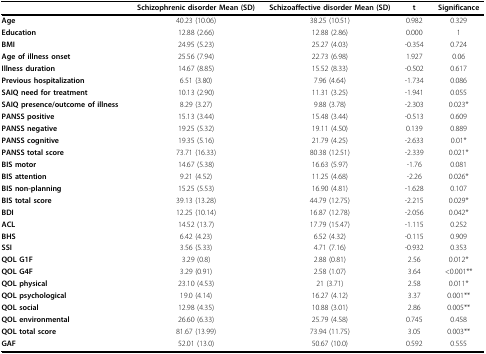
<table><thead><tr><td></td><td><b>Schizophrenic disorder Mean (SD)</b></td><td><b>Schizoaffective disorder Mean (SD)</b></td><td><b>t</b></td><td><b>Significance</b></td></tr></thead><tbody><tr><td><b>Age</b></td><td>40.23 (10.06)</td><td>38.25 (10.51)</td><td>0.982</td><td>0.329</td></tr><tr><td><b>Education</b></td><td>12.88 (2.66)</td><td>12.88 (2.86)</td><td>0.000</td><td>1</td></tr><tr><td><b>BMI</b></td><td>24.95 (5.23)</td><td>25.27 (4.03)</td><td>-0.354</td><td>0.724</td></tr><tr><td><b>Age of illness onset</b></td><td>25.56 (7.94)</td><td>22.73 (6.98)</td><td>1.927</td><td>0.06</td></tr><tr><td><b>Illness duration</b></td><td>14.67 (8.85)</td><td>15.52 (8.33)</td><td>-0.502</td><td>0.617</td></tr><tr><td><b>Previous hospitalization</b></td><td>6.51 (3.80)</td><td>7.96 (4.64)</td><td>-1.734</td><td>0.086</td></tr><tr><td><b>SAIQ need for treatment</b></td><td>10.13 (2.90)</td><td>11.31 (3.25)</td><td>-1.941</td><td>0.055</td></tr><tr><td><b>SAIQ presence/outcome of illness</b></td><td>8.29 (3.27)</td><td>9.88 (3.78)</td><td>-2.303</td><td>0.023*</td></tr><tr><td><b>PANSS positive</b></td><td>15.13 (3.44)</td><td>15.48 (3.44)</td><td>-0.513</td><td>0.609</td></tr><tr><td><b>PANSS negative</b></td><td>19.25 (5.32)</td><td>19.11 (4.50)</td><td>0.139</td><td>0.889</td></tr><tr><td><b>PANSS cognitive</b></td><td>19.35 (5.16)</td><td>21.79 (4.25)</td><td>-2.633</td><td>0.01*</td></tr><tr><td><b>PANSS total score</b></td><td>73.71 (16.33)</td><td>80.38 (12.51)</td><td>-2.339</td><td>0.021*</td></tr><tr><td><b>BIS motor</b></td><td>14.67 (5.38)</td><td>16.63 (5.97)</td><td>-1.76</td><td>0.081</td></tr><tr><td><b>BIS attention</b></td><td>9.21 (4.52)</td><td>11.25 (4.68)</td><td>-2.26</td><td>0.026*</td></tr><tr><td><b>BIS non-planning</b></td><td>15.25 (5.53)</td><td>16.90 (4.81)</td><td>-1.628</td><td>0.107</td></tr><tr><td><b>BIS total score</b></td><td>39.13 (13.28)</td><td>44.79 (12.75)</td><td>-2.215</td><td>0.029*</td></tr><tr><td><b>BDI</b></td><td>12.25 (10.14)</td><td>16.87 (12.78)</td><td>-2.056</td><td>0.042*</td></tr><tr><td><b>ACL</b></td><td>14.52 (13.7)</td><td>17.79 (15.47)</td><td>-1.115</td><td>0.252</td></tr><tr><td><b>BHS</b></td><td>6.42 (4.23)</td><td>6.52 (4.32)</td><td>-0.115</td><td>0.909</td></tr><tr><td><b>SSI</b></td><td>3.56 (5.33)</td><td>4.71 (7.16)</td><td>-0.932</td><td>0.353</td></tr><tr><td><b>QOL G1F</b></td><td>3.29 (0.8)</td><td>2.88 (0.81)</td><td>2.56</td><td>0.012*</td></tr><tr><td><b>QOL G4F</b></td><td>3.29 (0.91)</td><td>2.58 (1.07)</td><td>3.64</td><td>&lt;0.001**</td></tr><tr><td><b>QOL physical</b></td><td>23.10 (4.53)</td><td>21 (3.71)</td><td>2.58</td><td>0.011*</td></tr><tr><td><b>QOL psychological</b></td><td>19.0 (4.14)</td><td>16.27 (4.12)</td><td>3.37</td><td>0.001**</td></tr><tr><td><b>QOL social</b></td><td>12.98 (4.35)</td><td>10.88 (3.01)</td><td>2.86</td><td>0.005**</td></tr><tr><td><b>QOL environmental</b></td><td>26.60 (6.33)</td><td>25.79 (4.58)</td><td>0.745</td><td>0.458</td></tr><tr><td><b>QOL total score</b></td><td>81.67 (13.99)</td><td>73.94 (11.75)</td><td>3.05</td><td>0.003**</td></tr><tr><td><b>GAF</b></td><td>52.01 (13.0)</td><td>50.67 (10.0)</td><td>0.592</td><td>0.555</td></tr></tbody></table>